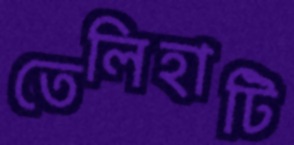
তেলিহাটি